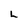
Character: L